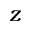
z